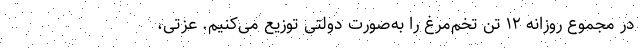
در مجموع روزانه ۱۲ تُن تخم‌مرغ را به‌صورت دولتی توزیع می‌کنیم. عزتی،